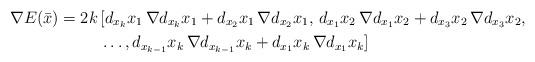
LaTeX: \begin{align*}\nabla E(\bar{x}) = 2k \, &[d_{x_k}x_1 \, \nabla d_{x_k}x_1 +d_{x_2}x_1 \, \nabla d_{x_2}x_1 , \, d_{x_1}x_2 \, \nabla d_{x_1}x_2 +d_{x_3}x_2 \, \nabla d_{x_3}x_2, \\& \ldots ,d_{x_{k-1}}x_k \, \nabla d_{x_{k-1}}x_k +d_{x_1}x_k \, \nabla d_{x_1}x_k ]\end{align*}